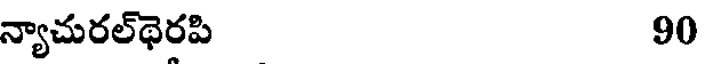
న్యాచురల్థెరపి 90